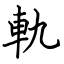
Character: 軌